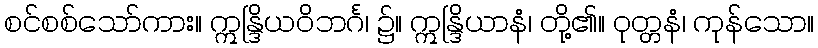
စင်စစ်သော်ကား။ ဣန္ဒြိယဝိဘင်္ဂ၊ ၌။ ဣန္ဒြိယာနံ၊ တို့၏။ ဝုတ္တနံ၊ ကုန်သော။